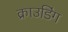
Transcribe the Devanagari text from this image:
क्राउडिंग